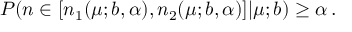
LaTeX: P ( n \in [ n _ { 1 } ( \mu ; b , \alpha ) , n _ { 2 } ( \mu ; b , \alpha ) ] | \mu ; b ) \geq \alpha \, .